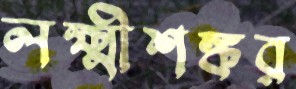
লক্ষ্মীশঙ্কর